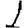
Digit: 1